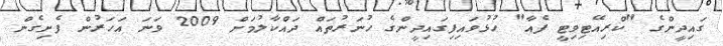
ގައިދީންގެ "ކްރިއޭޓިވިޓީ ފެއާ" ހުޅުވައިފިގައިދީންގެ ހުނަރުތައް ދައްކާލުމަށް 2009 ވަނަ އަހަރުން ފެށިގެން